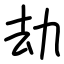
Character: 劫